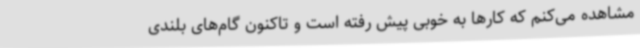
مشاهده می‌کنم که کارها به خوبی پیش رفته است و تاکنون گام‌های بلندی